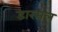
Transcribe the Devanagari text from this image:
डारसल